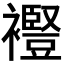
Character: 𧞫